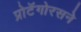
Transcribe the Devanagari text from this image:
प्रोटॅगोरसने